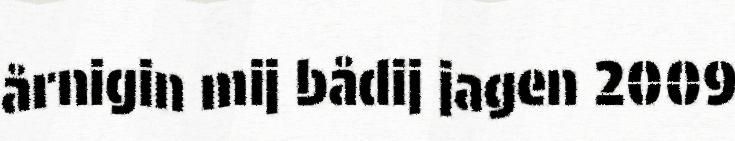
årnigin mij bådij jagen 2009